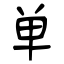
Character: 单